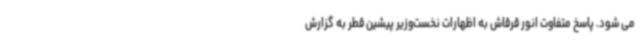
می شود. پاسخ متفاوت انور قرقاش به اظهارات نخست‌وزیر پیشین قطر به گزارش